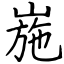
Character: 崺